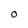
Character: O